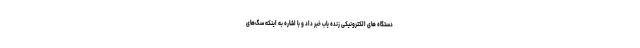
دستگاه های الکترونیکی زنده یاب خبر داد و با اشاره به اینکه سگ‌های